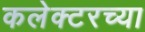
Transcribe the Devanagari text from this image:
कलेक्टरच्या